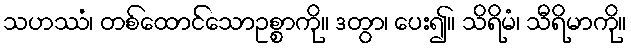
သဟဿံ၊ တစ်ထောင်သောဥစ္စာကို။ ဒတွာ၊ ပေး၍။ သိရိမံ၊ သီရိမာကို။